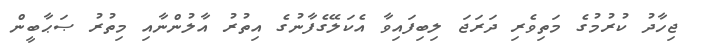
ޖިހާދު ކުރުމުގެ މަތިވެރި ދަރަޖަ ލިބިފައިވާ އެކަލޭގެފާނުގެ އިތުރު އާލުންނާއި މިތުރު ޞަޙާބީން